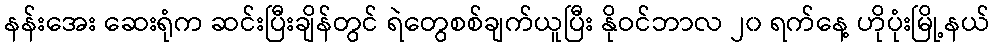
နန်းအေး ဆေးရုံက ဆင်းပြီးချိန်တွင် ရဲတွေစစ်ချက်ယူပြီး နိုဝင်ဘာလ ၂၀ ရက်နေ့ ဟိုပုံးမြို့နယ်